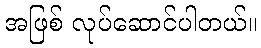
အဖြစ် လုပ်ဆောင်ပါတယ်။